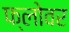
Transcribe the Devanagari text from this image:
फ्लोवर